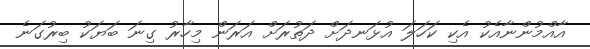
އާއްމުންނާއެކު އެކި ކަހަލަ އުޅަނދަށް ދަތުރަށް އަރަން މިހާރު ގިނަ ބަޔަކު ބިރުގަނެ